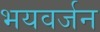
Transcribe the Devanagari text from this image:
भयवर्जन